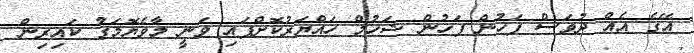
އޭގެ އެއް ދުވަސް ފަހުން ފަހުން ޝަހުމް ހައްޔަރުކޮށްފައި ވަނީ މާވެޔޮމަގު ކައިރިން